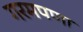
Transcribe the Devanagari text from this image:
गरमपणा